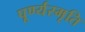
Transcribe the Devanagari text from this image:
पूर्ण्यस्मृति